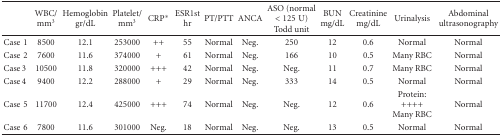
|  | WBC/mm3 | Hemoglobin gr/dL | Platelet/mm3 | CRP* | ESR1st hr | PT/PTT | ANCA | ASO (normal <125 U) Todd unit | BUN mg/dL | Creatinine mg/dL | Urinalysis | Abdominal ultrasonography |
 | --- | --- | --- | --- | --- | --- | --- | --- | --- | --- | --- | --- | --- |
 | Case 1 | 8500 | 12.1 | 253000 | ++ | 55 | Normal | Neg. | 250 | 12 | 0.6 | Normal | Normal |
 | Case 2 | 7600 | 11.6 | 374000 | + | 61 | Normal | Neg. | 166 | 10 | 0.5 | Many RBC | Normal |
 | Case 3 | 10500 | 11.8 | 320000 | +++ | 42 | Normal | Neg. | Neg. | 11 | 0.7 | Many RBC | Normal |
 | Case 4 | 9400 | 12.2 | 288000 | + | 29 | Normal | Neg. | 333 | 14 | 0.5 | Normal | Normal |
 | Case 5 | 11700 | 12.4 | 425000 | +++ | 74 | Normal | Neg. | Neg. | 12 | 0.6 | Protein: ++++ Many RBC | Normal |
 | Case 6 | 7800 | 11.6 | 301000 | Neg. | 18 | Normal | Neg. | Neg. | 13 | 0.5 | Normal | Normal |